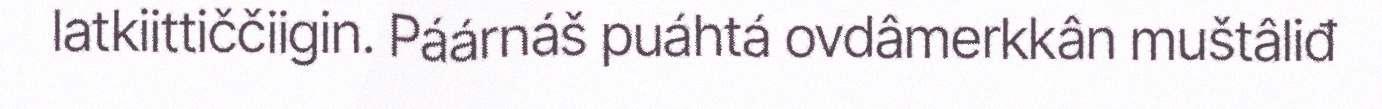
latkiittiččiigin. Páárnáš puáhtá ovdâmerkkân muštâliđ